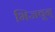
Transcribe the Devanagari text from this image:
भिजवून्